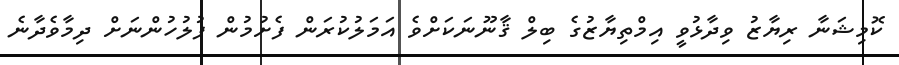
ކޮމިޝަނާ ރިޔާޒު ވިދާޅުވީ އިމްތިޔާޒުގެ ބިލް ޤާނޫނަކަށްވެ އަމަލުކުރަން ފެށުމުން ފުލުހުންނަށް ދިމާވެދާނެ